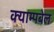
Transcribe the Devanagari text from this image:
क्याम्पबेल